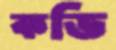
কডি